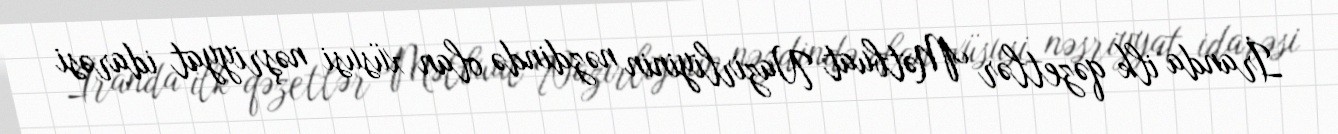
İranda ilk qəzetlər Mətbuat Nazirliyinin nəzdində olan xüsusi nəşriyyat idarəsi